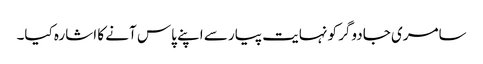
سامری جادوگر کو نہایت پیار سے اپنے پاس آنے کا اشارہ کیا۔